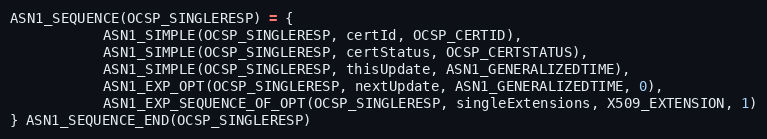
Language: C
ASN1_SEQUENCE(OCSP_SINGLERESP) = {
           ASN1_SIMPLE(OCSP_SINGLERESP, certId, OCSP_CERTID),
           ASN1_SIMPLE(OCSP_SINGLERESP, certStatus, OCSP_CERTSTATUS),
           ASN1_SIMPLE(OCSP_SINGLERESP, thisUpdate, ASN1_GENERALIZEDTIME),
           ASN1_EXP_OPT(OCSP_SINGLERESP, nextUpdate, ASN1_GENERALIZEDTIME, 0),
           ASN1_EXP_SEQUENCE_OF_OPT(OCSP_SINGLERESP, singleExtensions, X509_EXTENSION, 1)
} ASN1_SEQUENCE_END(OCSP_SINGLERESP)